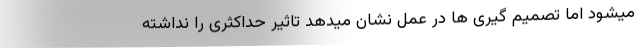
میشود اما تصمیم گیری ها در عمل نشان میدهد تاثیر حداکثری را نداشته